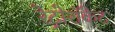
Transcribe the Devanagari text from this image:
रेट्रोरॉकेट